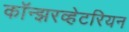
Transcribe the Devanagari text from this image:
कॉन्झरव्हेटरियन